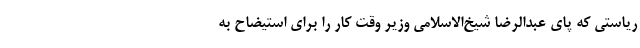
ریاستی که پای عبدالرضا شیخ‌الاسلامی وزیر وقت کار را برای استیضاح به